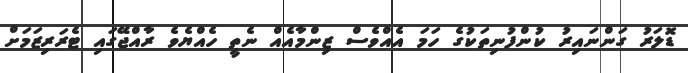
ޑޮލަރު ގަންނައިރު ކުންފުނިތަކުގެ ހަމަ އެއްވެސް ޒިންމާއެއް ނެތީ ހެއްޔެވެ ރާއްޖޭގައި ޓެރަރިޒަމަށް